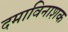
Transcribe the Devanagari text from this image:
दमाविनाशक